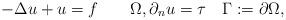
LaTeX: \begin{align*} -\Delta u + u = f \quad\quad\Omega, \partial_n u = \tau \quad\Gamma := \partial\Omega,\end{align*}